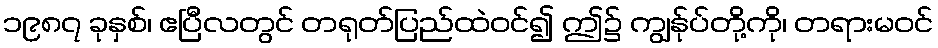
၁၉၈၇ ခုနှစ်၊ ဧပြီလတွင် တရုတ်ပြည်ထဲဝင်၍ ဤ၌ ကျွန်ုပ်တို့ကို၊ တရားမဝင်